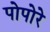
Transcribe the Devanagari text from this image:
पोपोरे